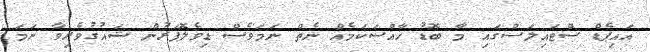
އައިޕެޑް ސްޓައިލަސްގައި މާ ބޮޑު ޚާއްސަކަމެއް ނެތް ނަމަވެސް ޑިވެލޮޕަރުން ޝައުގުވެރިވާ ނަމަ